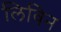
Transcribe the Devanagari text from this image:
लिविन